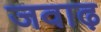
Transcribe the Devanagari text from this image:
जवाढ़